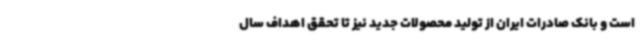
است و بانک صادرات ایران از تولید محصولات جدید نیز تا تحقق اهداف سال